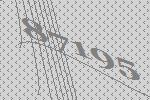
87195